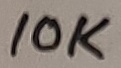
Text: 10K